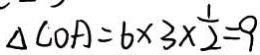
\Delta C O A = 6 \times 3 \times \frac { 1 } { 2 } = 9